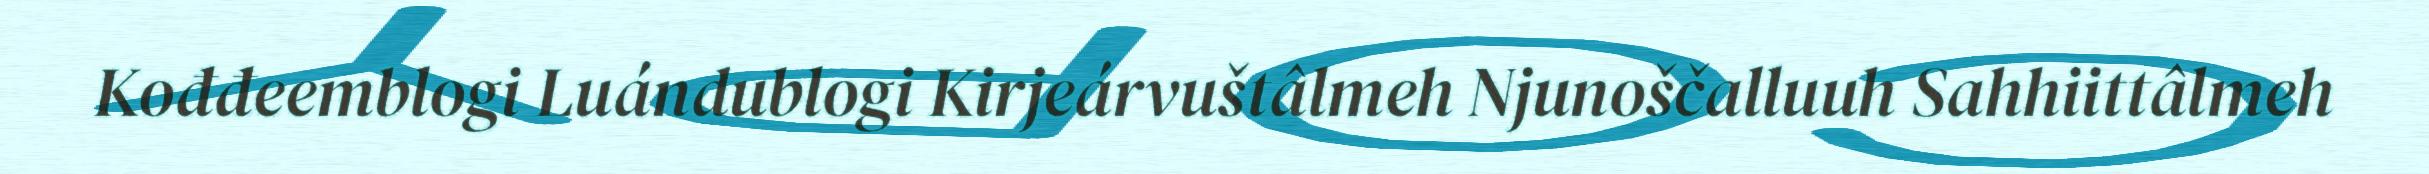
Kođđeemblogi Luándublogi Kirjeárvuštâlmeh Njunoščalluuh Sahhiittâlmeh